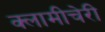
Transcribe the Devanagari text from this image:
क्‍लामीचेरी